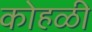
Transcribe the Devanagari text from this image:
कोहळी